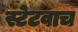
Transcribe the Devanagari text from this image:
स्टेटवाच